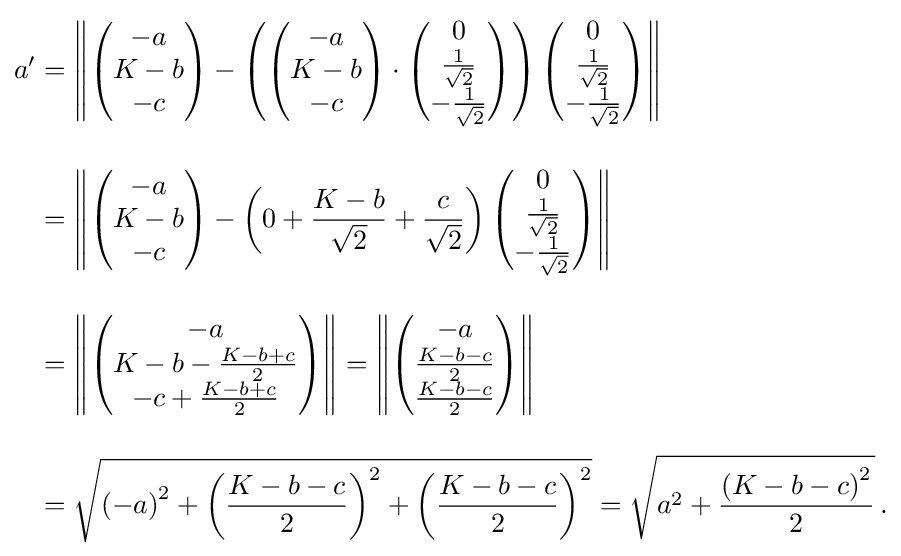
{\begin{aligned}a'&=\left\|{\begin{pmatrix}-a\\K-b\\-c\end{pmatrix}}-\left({\begin{pmatrix}-a\\K-b\\-c\end{pmatrix}}\cdot {\begin{pmatrix}0\\{\frac {1}{\sqrt {2}}}\\-{\frac {1}{\sqrt {2}}}\end{pmatrix}}\right){\begin{pmatrix}0\\{\frac {1}{\sqrt {2}}}\\-{\frac {1}{\sqrt {2}}}\end{pmatrix}}\right\|\\[10px]&=\left\|{\begin{pmatrix}-a\\K-b\\-c\end{pmatrix}}-\left(0+{\frac {K-b}{\sqrt {2}}}+{\frac {c}{\sqrt {2}}}\right){\begin{pmatrix}0\\{\frac {1}{\sqrt {2}}}\\-{\frac {1}{\sqrt {2}}}\end{pmatrix}}\right\|\\[10px]&=\left\|{\begin{pmatrix}-a\\K-b-{\frac {K-b+c}{2}}\\-c+{\frac {K-b+c}{2}}\end{pmatrix}}\right\|=\left\|{\begin{pmatrix}-a\\{\frac {K-b-c}{2}}\\{\frac {K-b-c}{2}}\end{pmatrix}}\right\|\\[10px]&={\sqrt {{(-a)}^{2}+{\left({\frac {K-b-c}{2}}\right)}^{2}+{\left({\frac {K-b-c}{2}}\right)}^{2}}}={\sqrt {a^{2}+{\frac {{(K-b-c)}^{2}}{2}}}}\,.\end{aligned}}